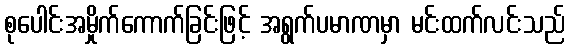
စုပေါင်းအမှိုက်ကောက်ခြင်းဖြင့် အရွက်ပမာဏမှာ မင်းထက်လင်းသည်